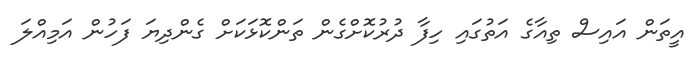
އީތަން އައިސް ތިއާގެ އަތުގައި ހިފާ ދުރުކޮށްގެން ތަންކޮޅަކަށް ގެންދިޔަ ފަހުން އަމިއްލަ